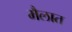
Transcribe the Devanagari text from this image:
मैलात